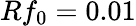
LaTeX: Rf_{0}=0.01